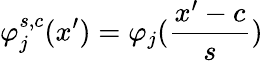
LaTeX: \varphi_{j}^{s,c}(x^{\prime})=\varphi_{j}(\frac{x^{\prime}-c}{s})